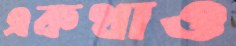
একথাও